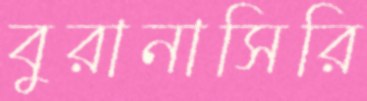
বুরানাসিরি